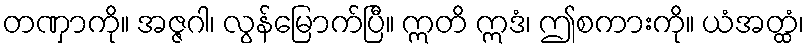
တဏှာကို။ အဇ္ဇဂါ၊ လွန်မြောက်ပြီ။ ဣတိ ဣဒံ၊ ဤစကားကို။ ယံအတ္ထံ၊